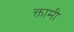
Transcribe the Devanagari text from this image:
क्तामी